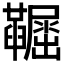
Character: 𡳼